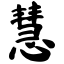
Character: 慧